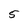
Character: 5